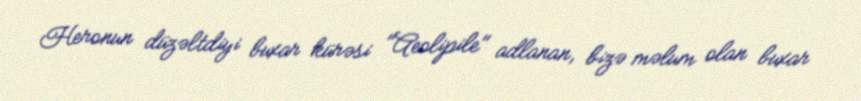
Heronun düzəltdiyi buxar kürəsi "Aeolipile" adlanan, bizə məlum olan buxar